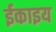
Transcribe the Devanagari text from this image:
ईकाइय